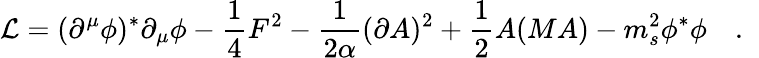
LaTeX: {\cal L}=(\partial^{\mu}\phi)^{\ast}\partial_{\mu}\phi-{\frac{1}{4}}F^{2}-{\frac{1}{2\alpha}}(\partial A)^{2}+{\frac{1}{2}}A(MA)-m_{s}^{2}\phi^{\ast}\phi\quad.\; \;